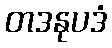
တဒနုပဒံ